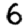
Digit: 6